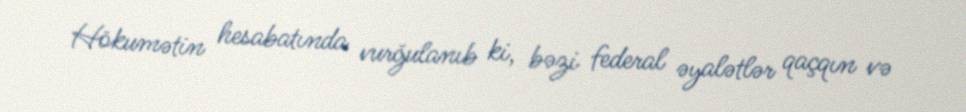
Hökumətin hesabatında vurğulanıb ki, bəzi federal əyalətlər qaçqın və